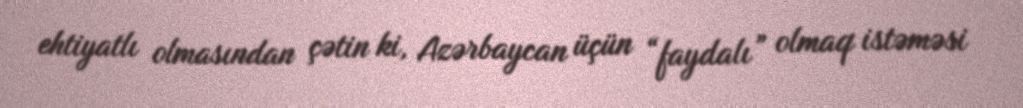
ehtiyatlı olmasından çətin ki, Azərbaycan üçün “faydalı” olmaq istəməsi